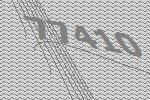
77410